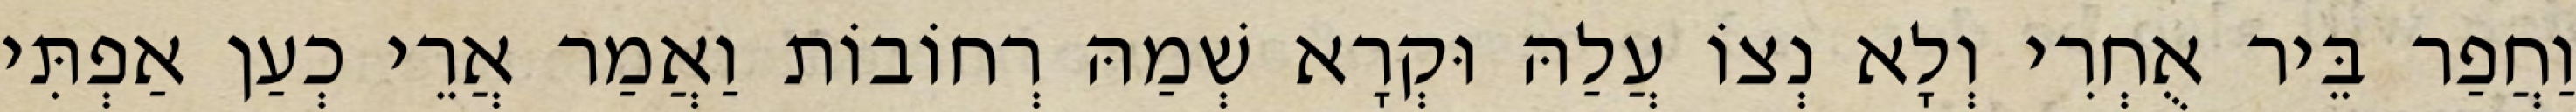
וַחֲפַר בֵּיר אֻחְרִי וְלָא נְצוֹ עֲלַהּ וּקְרָא שְׁמַהּ רְחוֹבוֹת וַאֲמַר אֲרֵי כְעַן אַפְתִּי